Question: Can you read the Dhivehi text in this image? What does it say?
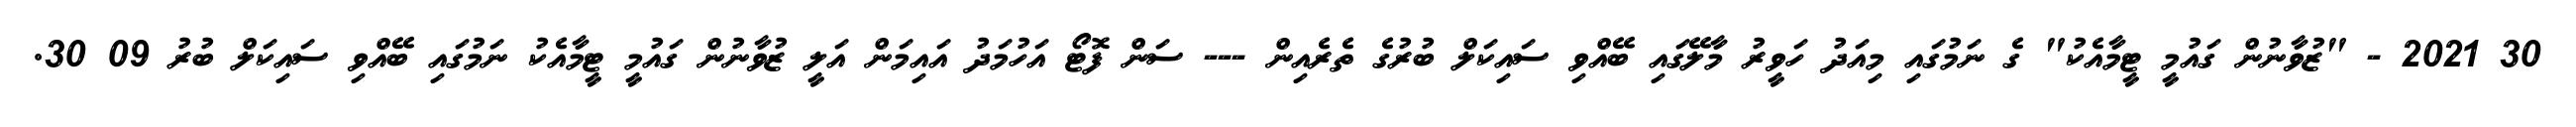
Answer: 30 2021 - "ޒުވާނުން ގައުމީ ޓީމާއެކު" ގެ ނަމުގައި މިއަދު ހަވީރު މާލޭގައި ބޭއްވި ސައިކަލް ބުރުގެ ތެރެއިން --- ސަން ފޮޓޯ އަހުމަދު އައިމަން އަލީ ޒުވާނުން ގައުމީ ޓީމާއެކު ނަމުގައި ބޭއްވި ސައިކަލް ބުރު 09 30.